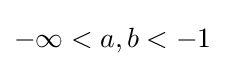
-\infty <a,b<-1